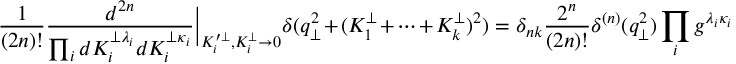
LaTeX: \frac { 1 } { ( 2 n ) ! } \frac { d ^ { 2 n } } { \prod _ { i } d K _ { i } ^ { \perp \lambda _ { i } } d K _ { i } ^ { \perp \kappa _ { i } } } \Big | _ { K _ { i } ^ { \prime \perp } , K _ { i } ^ { \perp } \to 0 } \delta ( q _ { \perp } ^ { 2 } + ( K _ { 1 } ^ { \perp } + \cdots + K _ { k } ^ { \perp } ) ^ { 2 } ) = \delta _ { n k } \frac { 2 ^ { n } } { ( 2 n ) ! } \delta ^ { ( n ) } ( q _ { \perp } ^ { 2 } ) \prod _ { i } g ^ { \lambda _ { i } \kappa _ { i } }